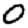
Digit: 0